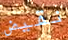
نقيض